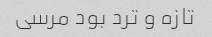
تازه و ترد بود مرسی